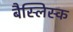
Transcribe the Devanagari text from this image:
बैस्लिस्क